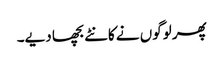
پھر لوگوں نے کانٹے بچھا دیے۔